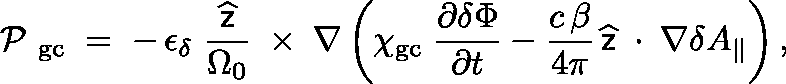
\mathrm { \boldmath ~ \cal ~ P ~ } _ { \mathrm { g c } } \; = \; - \, \epsilon _ { \delta } \; \frac { \widehat { \sf z } } { \Omega _ { 0 } } \, \mathrm { \boldmath ~ \times ~ } \, \nabla \left( \chi _ { \mathrm { g c } } \; \frac { \partial \delta \Phi } { \partial t } - \frac { c \, \beta } { 4 \pi } \, \widehat { \sf z } \, \mathrm { \boldmath ~ \cdot ~ } \, \nabla \delta A _ { \| } \right) ,